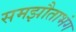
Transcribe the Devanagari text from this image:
समझौताभंग